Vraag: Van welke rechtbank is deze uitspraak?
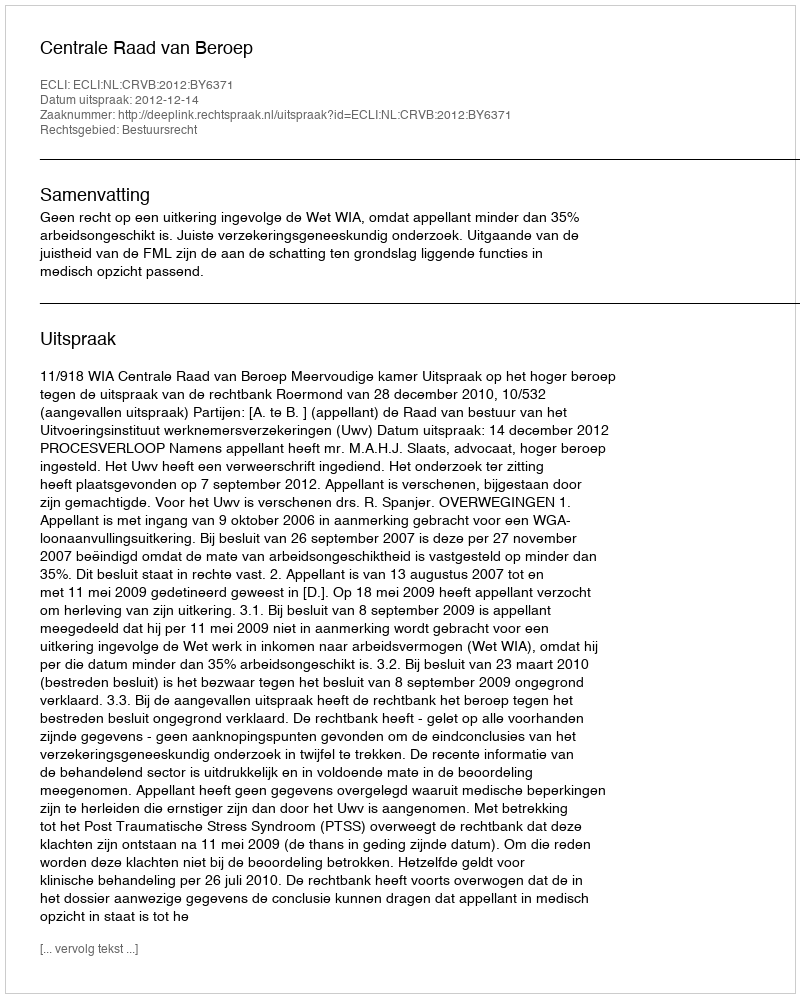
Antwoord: Centrale Raad van Beroep